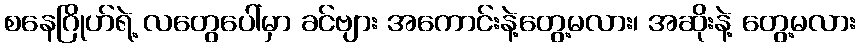
စနေဂြိုဟ်ရဲ့ လတွေပေါ်မှာ ခင်ဗျား အကောင်းနဲ့တွေ့မလား၊ အဆိုးနဲ့ တွေ့မလား